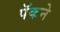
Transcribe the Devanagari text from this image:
पॅकने